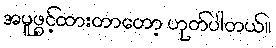
အမူဖွင့်ထားတာတော့ ဟုတ်ပါတယ်။